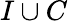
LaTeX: I\cup C